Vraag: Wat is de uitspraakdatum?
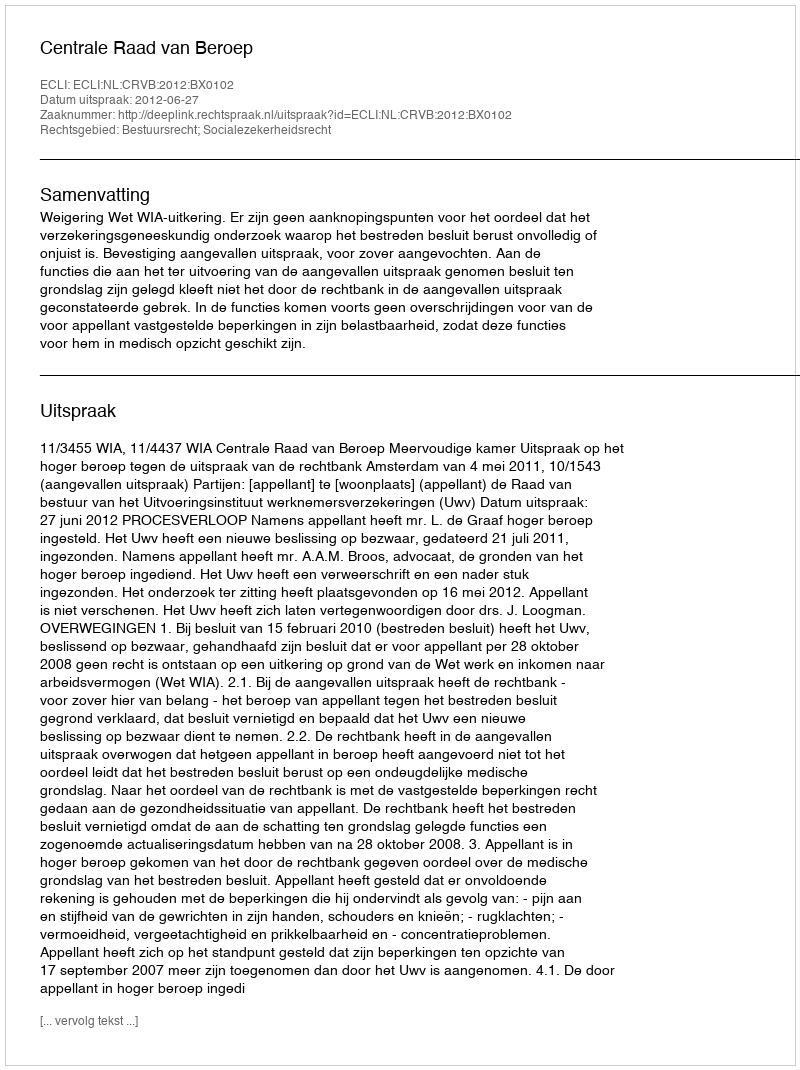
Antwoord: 2012-06-27